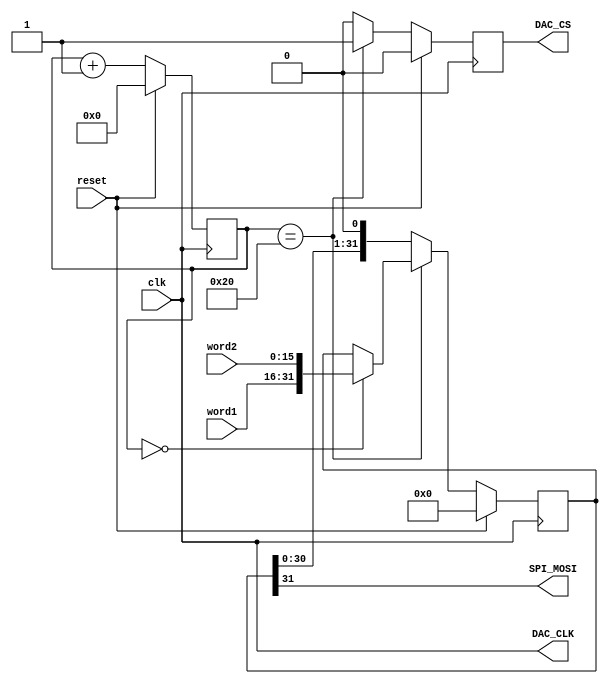
`timescale 1ns / 1ps
//////////////////////////////////////////////////////////////////////////////////
// Company: 
// Engineer: 
// 
// Design Name: 
// Module Name:    bitshift 
// Project Name: 
// Target Devices: 
// Tool versions: 
// Description: 
//
// Dependencies: 
//
// Revision: 
// Revision 0.01 - File Created
// Additional Comments: 
//
//////////////////////////////////////////////////////////////////////////////////
module bitshift(
	 input reset,
	 input clk,
    input [15:0] word1,
    input [15:0] word2,
    output SPI_MOSI,
	 output reg DAC_CS,
	 output DAC_CLK
    );
	 
	reg [31:0] bits;
	reg [5:0] cnt;
	
	assign DAC_CLK = clk;
	assign SPI_MOSI = bits[31];
	
	always@(posedge DAC_CLK) begin
		DAC_CS <= 0;
		if (reset) begin
			cnt <= 0;
			bits <= 0;
		end
		else begin
			if (cnt == 0)
				bits <= {word1,word2};
			if (cnt == 32) begin
				cnt <= 0;
				DAC_CS <= 1;
			end
			else bits <= bits << 1;
			
			cnt <= cnt + 1;
		end
	end
	
endmodule